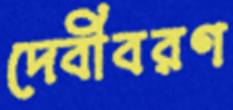
দেবীবরণ